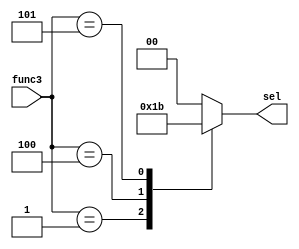
`define beq 3'd0
`define bne 3'd1
`define blt 3'd4
`define bge 3'd5

module Branch_cntr(func3, sel);
	input [2:0] func3;
	output reg [1:0] sel;

	always@(func3)begin
		sel = 2'b0;
		case(func3)
		`beq: sel = 2'b00;
		`bne: sel = 2'b01;
		`blt: sel = 2'b10;
		`bge: sel = 2'b11;
		default: sel = 2'b00;
		endcase
	end
endmodule